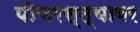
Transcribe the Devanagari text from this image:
पोचरस्त्यावर